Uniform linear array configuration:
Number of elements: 24
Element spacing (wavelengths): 0.25
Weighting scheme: kaiser
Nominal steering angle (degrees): -30
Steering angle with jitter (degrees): -29.203
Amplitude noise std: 0.05
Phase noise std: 0.05

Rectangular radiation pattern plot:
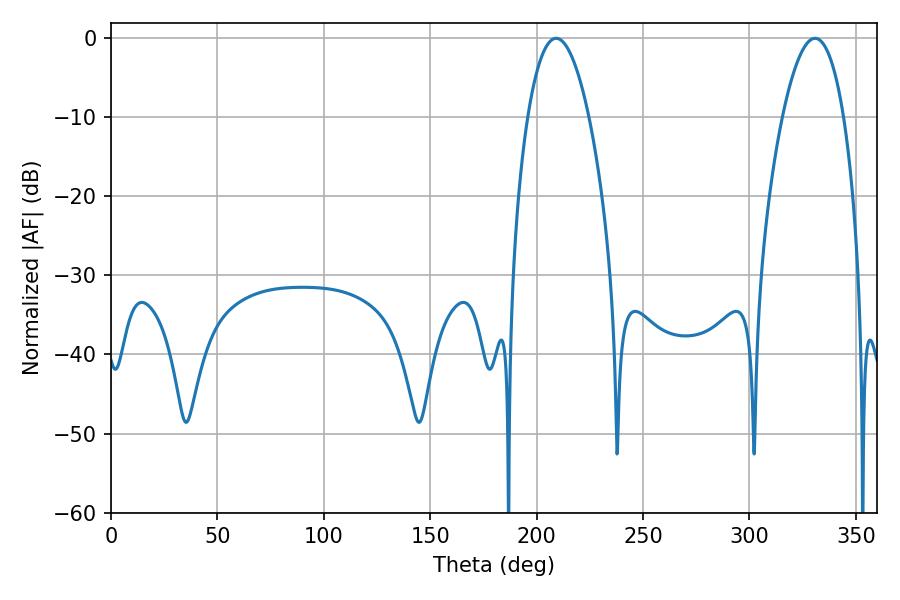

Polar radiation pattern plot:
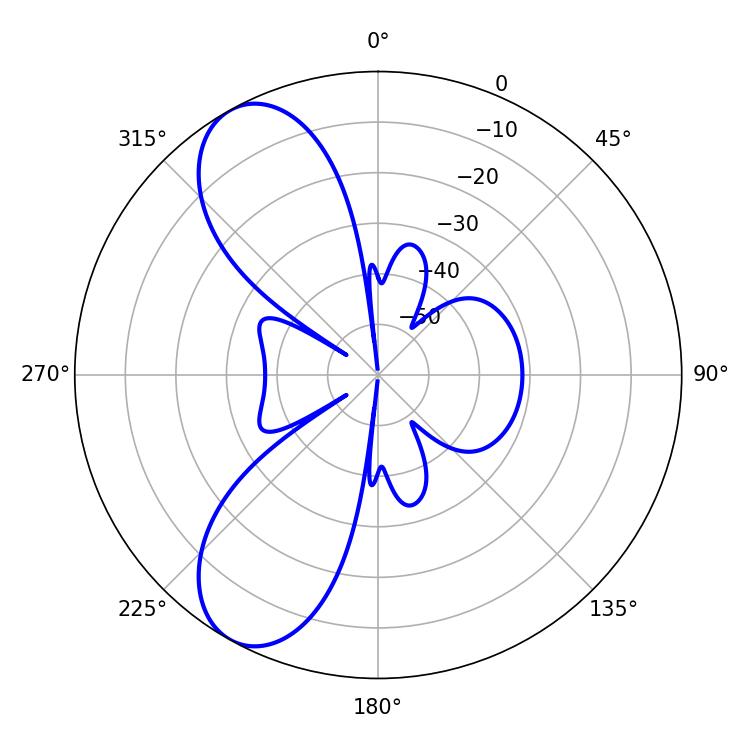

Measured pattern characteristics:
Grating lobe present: FALSE
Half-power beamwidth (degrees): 15.84
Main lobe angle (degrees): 209.16